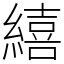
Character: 繥